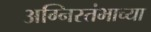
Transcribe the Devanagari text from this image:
अग्निस्तंभाच्या